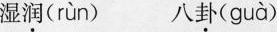
湿润( rùn ) 八卦( guà )